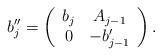
LaTeX: \begin{align*}b''_{j}=\left(\begin{array}{cc}b_{j} & A_{j-1} \\0 &-b'_{j-1}\end{array}\right).\end{align*}